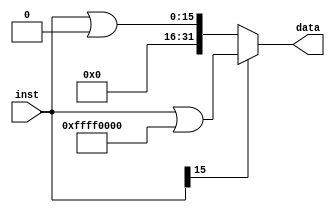
`timescale 1ns / 1ps
//////////////////////////////////////////////////////////////////////////////////
// Company: 
// Engineer: 
// 
// Design Name: 
// Module Name: signext
// Project Name: 
// Target Devices: 
// Tool Versions: 
// Description: 
// 
// Dependencies: 
// 
// Revision:
// Revision 0.01 - File Created
// Additional Comments:
// 
//////////////////////////////////////////////////////////////////////////////////


module signext(
    input [15:0] inst,
    output [31:0] data
    );
    
    assign data=(inst[15])? (inst|32'hffff0000):(inst|32'h00000000);
endmodule